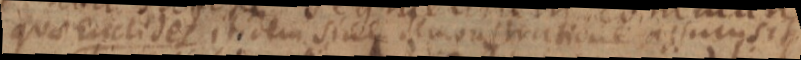
qua Euclides itidem sine demonstratione assumsit